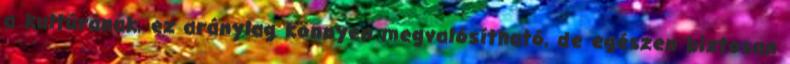
a kultúrának, ez aránylag könnyen megvalósítható, de egészen biztosan